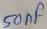
Text: 50µF